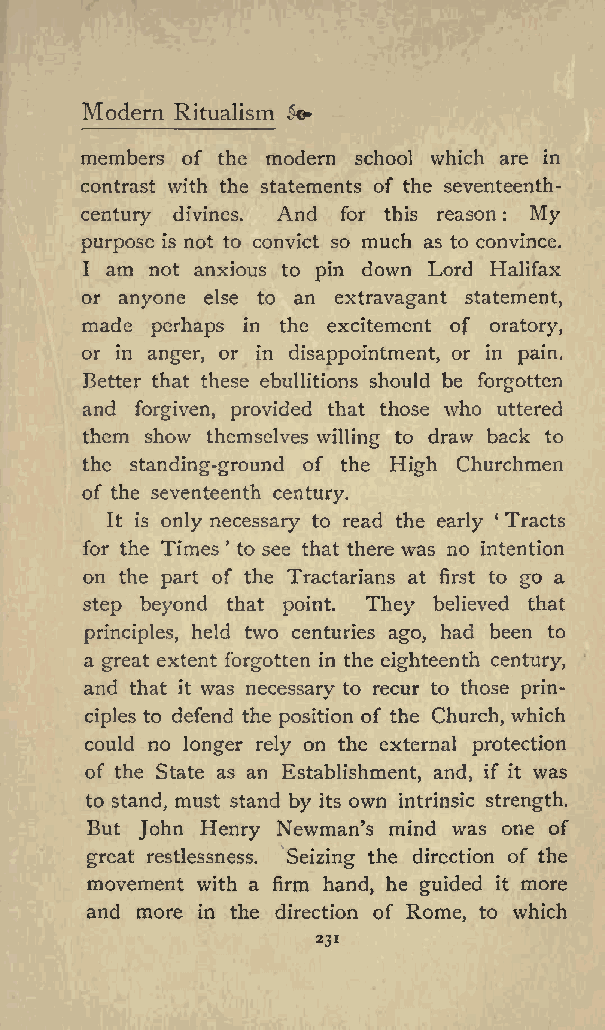
Modern Ritualism 5o
 members of the modern school which are in
 contrast with the statements of the seventeenth-
 century divines. And for this reason : My
 purpose is not to convict so much as to convince.
 I am not anxious to pin down Lord Halifax
 or anyone else to an extravagant statement,
 made perhaps in the excitement of oratory,
 or in anger, or in disappointment, or in pain.
 Better that these ebullitions should be forgotten
 and forgiven, provided that those who uttered
 them show themselves willing to draw back to
 the standing-ground of the High Churchmen
 of the seventeenth century.
 It is only necessary to read the early Tracts
 for the Times to see that there was no intention
 on the part of the Tractarians at first to go a
 step beyond that point. They believed that
 principles, held two centuries ago, had been to
 a great extent forgotten in the eighteenth century,
 and that it was necessary to recur to those prin
 ciples to defend the position of the Church, which
 could no longer rely on the external protection
 of the State as an Establishment, and, if it was
 to stand, must stand by its own intrinsic strength.
 But John Henry Newman s mind was one of
 great restlessness. Seizing the direction of the
 movement with a firm hand, he guided it more
 and more in the direction of Rome, to which
 231